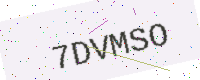
Text: 7DVMSO